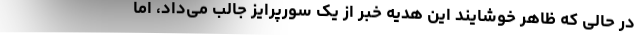
در حالی که ظاهر خوشایند این هدیه خبر از یک سورپرایز جالب می‌داد، اما